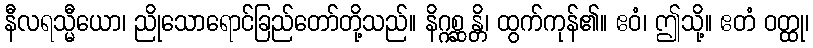
နီလရသ္မီယော၊ ညိုသောရောင်ခြည်တော်တို့သည်။ နိဂ္ဂစ္ဆန္တိ၊ ထွက်ကုန်၏။ ဧဝံ၊ ဤသို့။ ဧတံ ဝတ္ထု၊